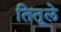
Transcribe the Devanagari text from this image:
तितूले